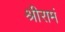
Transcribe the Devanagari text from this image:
श्रीरामं